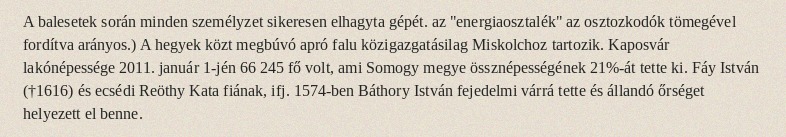
A balesetek során minden személyzet sikeresen elhagyta gépét. az "energiaosztalék" az osztozkodók tömegével fordítva arányos.) A hegyek közt megbúvó apró falu közigazgatásilag Miskolchoz tartozik. Kaposvár lakónépessége 2011. január 1-jén 66 245 fő volt, ami Somogy megye össznépességének 21%-át tette ki. Fáy István (†1616) és ecsédi Reöthy Kata fiának, ifj. 1574-ben Báthory István fejedelmi várrá tette és állandó őrséget helyezett el benne.